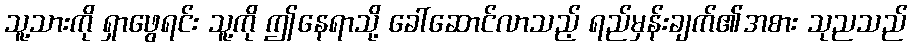
သူ့သားကို ရှာဖွေရင်း သူ့ကို ဤနေရာသို့ ခေါ်ဆောင်လာသည့် ရည်မှန်းချက်၏အစား သုညသည်